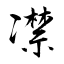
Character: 凚